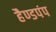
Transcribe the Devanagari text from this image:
हैण्डपंप